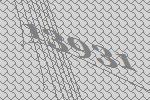
13931